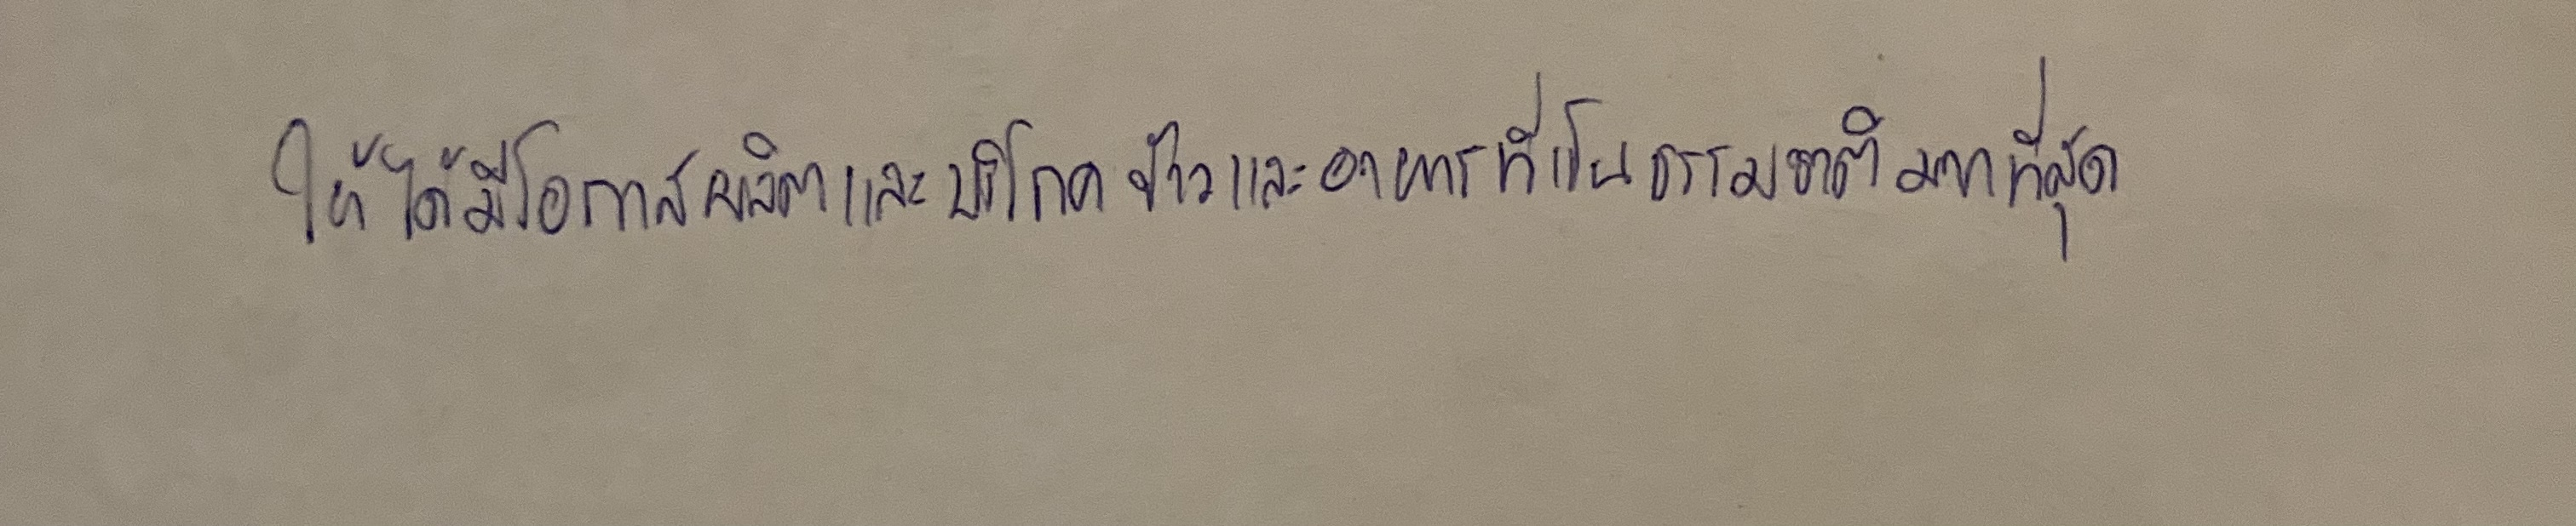
ให้ได้มีโอกาสผลิตและบริโภคข้าวและอาหารที่เป็นธรรมชาติมากที่สุด